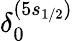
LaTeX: \delta_{0}^{(5s_{1/2})}